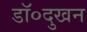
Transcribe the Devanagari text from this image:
डॉ०दुखन